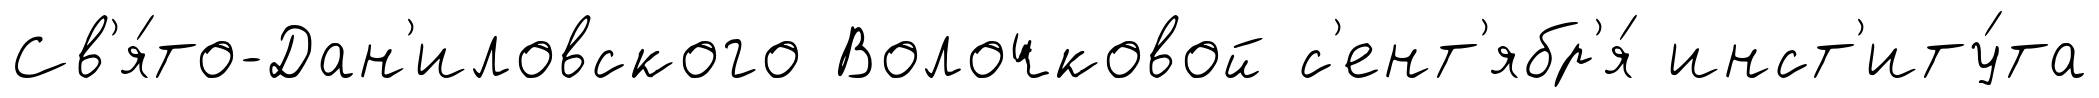
Св'я́то-Дан'иловского Волочковой с'ент'ябр'я́ инст'иту́та